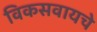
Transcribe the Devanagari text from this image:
विकसवायचे